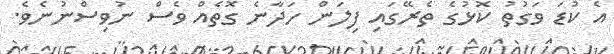
އެ ކުޑަ ވަގުތު ކޮޅުގެ ތެރޭގައި ފިލަން ހަދާނެ ގޮތެއް ވެސް ނުވިސްނުނެވެ.